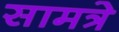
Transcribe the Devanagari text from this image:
सामत्रे